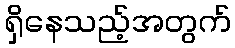
ရှိနေသည့်အတွက်